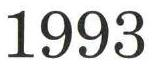
1993